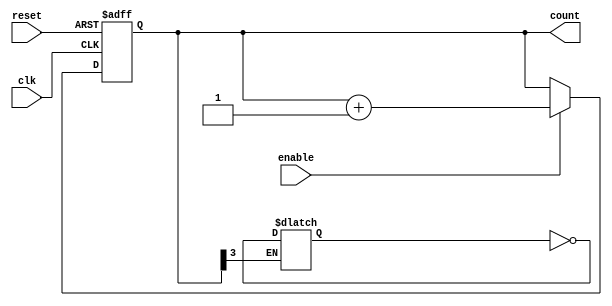
module async_counter #(parameter N = 4) (
    input wire clk,          // Clock input for the LSB
    input wire reset,        // Asynchronous reset
    input wire enable,       // Enable signal
    output reg [N-1:0] count // N-bit counter output
);

// Asynchronous counter logic
always @(posedge clk or posedge reset) begin
    if (reset) begin
        count <= 0; // Reset the counter to 0
    end else if (enable) begin
        count <= count + 1; // Increment the counter
    end
end

// Generate the ripple effect for the T flip-flops
always @(count) begin
    if (count[N-1] == 1'b1) begin
        count[N-2:0] <= ~count[N-2:0]; // Toggle lower bits when MSB goes high
    end
end

endmodule